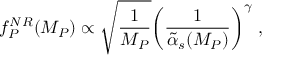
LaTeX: f _ { P } ^ { N R } ( M _ { P } ) \propto \sqrt { \frac { 1 } { M _ { P } } } { \left( \frac { 1 } { \tilde { \alpha } _ { s } ( M _ { P } ) } \right) } ^ { \gamma } \; ,